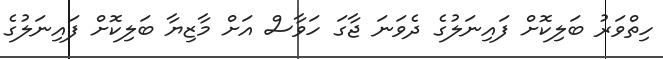
ހިތްވަރު ބަލިކޮށް ފައިނަލުގެ ދެވަނަ ޖާގަ ހަވާސް އަށް މާޒިޔާ ބަލިކޮށް ފަައިނަލުގެ